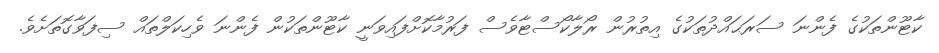
ކާޓޫންތަކުގެ ފެންނަ ސަރަޙައްދުތަކުގެ އިތުރުން ރޯލާކޯސްޓާވެސް ފަރުމާކޮށްފައިވަނީ ކާޓޫންތަކުން ފެންނަ ވެހިކަލްތައް ސިފަވާގޮތަށެވެ.